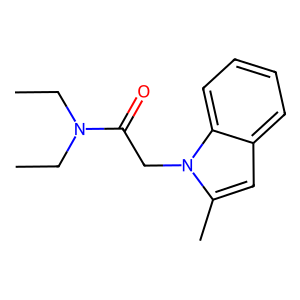
SMILES: CCN(CC)C(=O)Cn1c(C)cc2ccccc21
Inhibits HIV replication: No